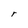
Character: r